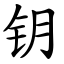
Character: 钥